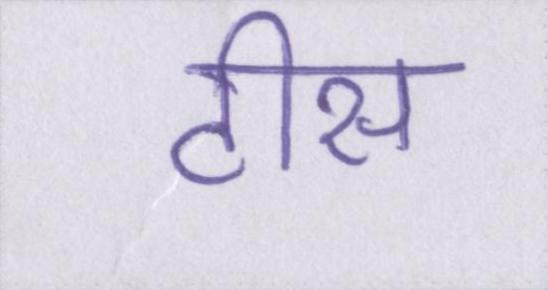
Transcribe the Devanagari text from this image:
टीस